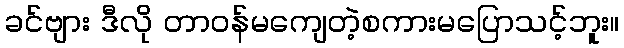
ခင်ဗျား ဒီလို တာဝန်မကျေတဲ့စကားမပြောသင့်ဘူး။